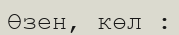
Өзен, көл :